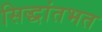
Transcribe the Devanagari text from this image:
सिद्धांतभत